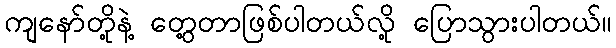
ကျနော်တို့နဲ့ တွေ့တာဖြစ်ပါတယ်လို့ ပြောသွားပါတယ်။